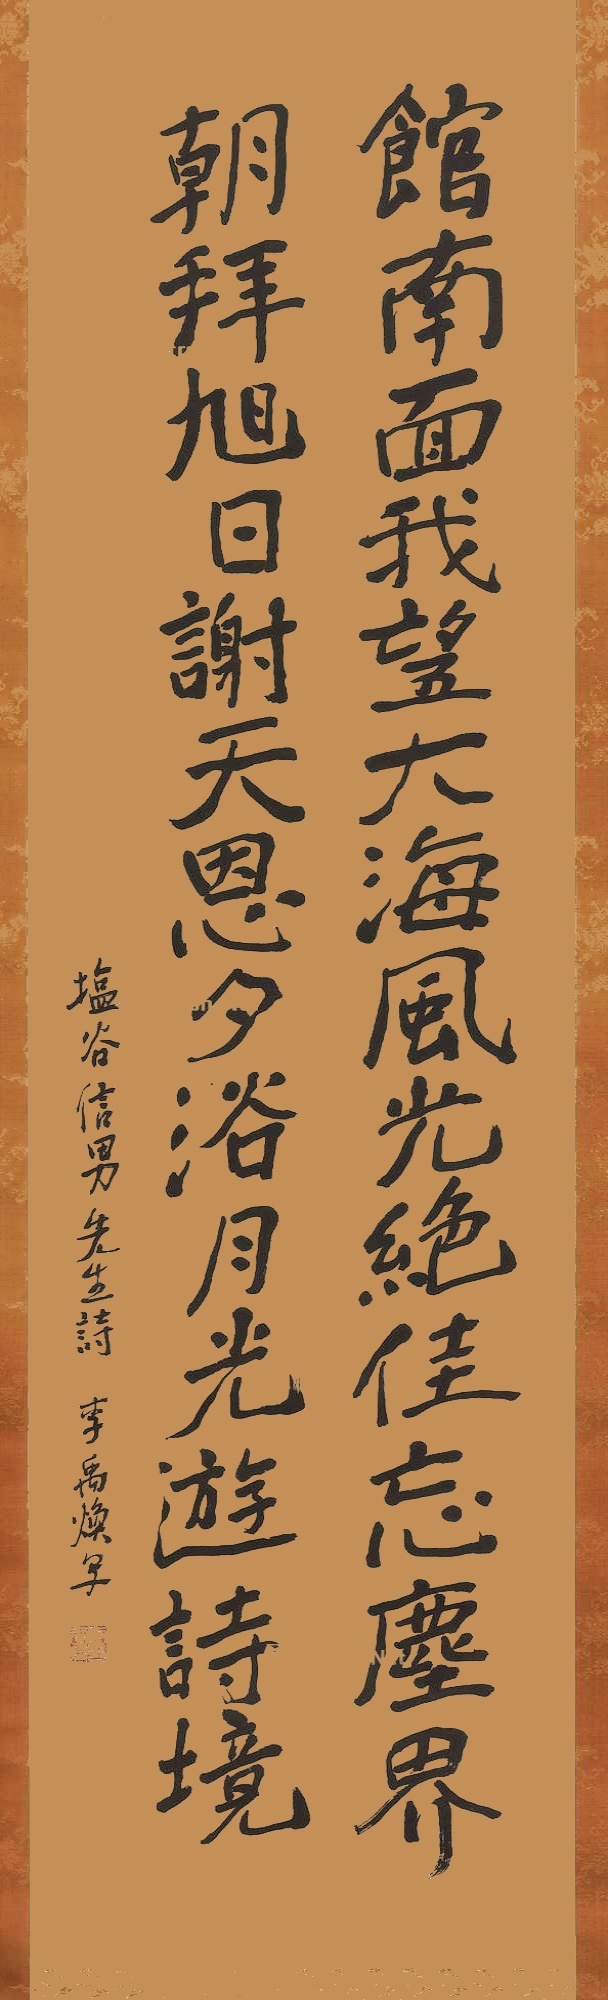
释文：馆南面我望大海，风光绝佳，忘尘界，朝拜旭日，谢天恩，夕浴月光游诗境。塩谷信男先生诗，李禹焕写。